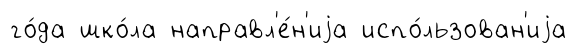
го́да шко́ла направл'е́н'иjа испо́льзован'иjа